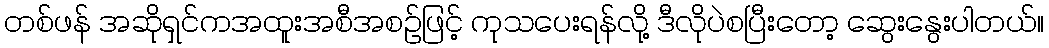
တစ်ဖန် အဆိုရှင်ကအထူးအစီအစဉ်ဖြင့် ကုသပေးရန်လို့ ဒီလိုပဲစပြီးတော့ ဆွေးနွေးပါတယ်။